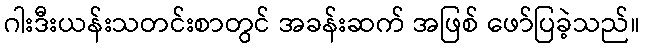
ဂါးဒီးယန်းသတင်းစာတွင် အခန်းဆက် အဖြစ် ဖော်ပြခဲ့သည်။